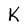
Character: K